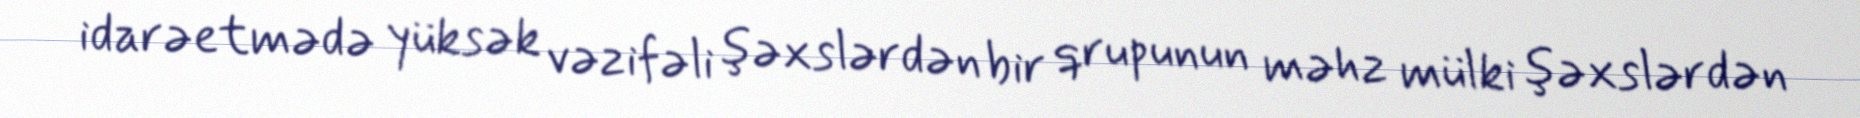
idarəetmədə yüksək vəzifəli şəxslərdən bir qrupunun məhz mülki şəxslərdən